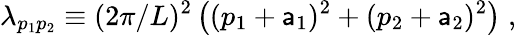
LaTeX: \lambda_{p_{1}p_{2}}\equiv(2\pi/L)^{2}\, \big((p_{1}+\mathsf{a}_{1})^{2}+(p_{2}+\mathsf{a}_{2})^{2}\big)\; ,